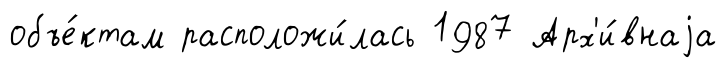
объе́ктам расположи́лась 1987 Арх'и́внаjа